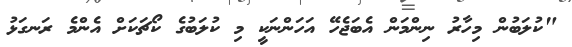
"ކުލަބުން މިހާރު ނިންމަން އެބަޖެހޭ އަހަންނަކީ މި ކުލަބުގެ ކޯޗަކަށް އެންމެ ރަނގަޅު